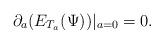
LaTeX: \begin{align*}\partial_a(E_{T_a}(\Psi))|_{a=0}=0.\end{align*}